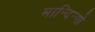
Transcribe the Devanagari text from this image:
मान्दिन्गो